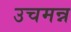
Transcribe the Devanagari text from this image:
उचमन्न